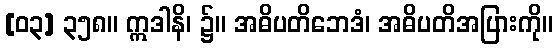
[၀၃] ၃၅၈။ ဣဒါနိ၊ ၌။ အဓိပတိဘေဒံ၊ အဓိပတိအပြားကို။